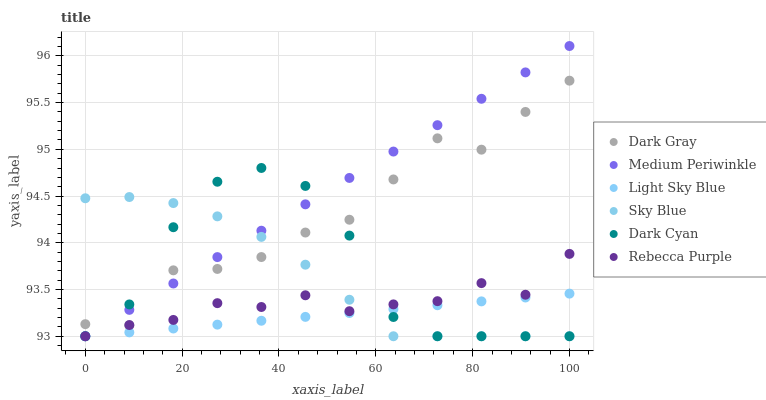
| xaxis_label | Dark Gray | Medium Periwinkle | Light Sky Blue | Sky Blue | Dark Cyan | Rebecca Purple |
 | --- | --- | --- | --- | --- | --- | --- |
 | 0 | 93.1 | 93 | 93 | 94.5 | 93 | 93 |
 | 9.09 | 93.1 | 93.3 | 93 | 94.5 | 93.3 | 93.1 |
 | 18.2 | 93.7 | 93.6 | 93.1 | 94.4 | 94.2 | 93.2 |
 | 27.3 | 93.7 | 93.8 | 93.1 | 94.3 | 94.7 | 93.4 |
 | 36.4 | 93.8 | 94.1 | 93.2 | 94.1 | 94.8 | 93.3 |
 | 45.5 | 94.1 | 94.4 | 93.2 | 93.8 | 94.6 | 93.4 |
 | 54.5 | 94.2 | 94.7 | 93.2 | 93.4 | 94.1 | 93.3 |
 | 63.6 | 94.7 | 95 | 93.3 | 93 | 93.2 | 93.3 |
 | 72.7 | 95.1 | 95.3 | 93.3 | 93 | 93 | 93.4 |
 | 81.8 | 95 | 95.5 | 93.4 | 93 | 93 | 93.6 |
 | 90.9 | 95.4 | 95.8 | 93.4 | 93 | 93 | 93.4 |
 | 100 | 95.7 | 96.1 | 93.5 | 93 | 93 | 93.9 |